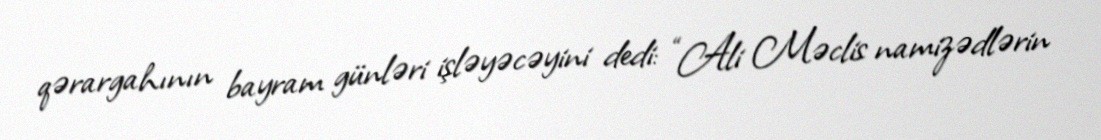
qərargahının bayram günləri işləyəcəyini dedi: “Ali Məclis namizədlərin